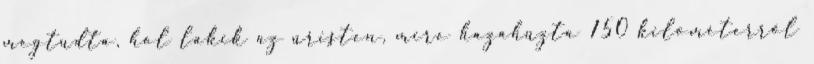
megtudta, hol lakik az úristen, mire hazahúzta 150 kilométerről